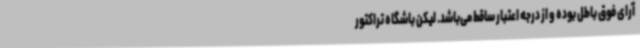
آرای فوق باطل بوده و از درجه اعتبار ساقط می‌باشد. لیکن باشگاه تراکتور